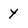
Character: Y